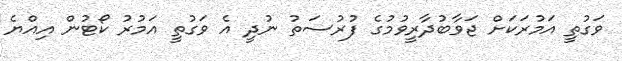
ވަގުތީ އަމުރަކަށް ޖަވާބުދާރީވުމުގެ ފުރުސަތު ނުދީ އެ ވަގުތީ އަމުރު ކޯޓުން އިއްޔެ